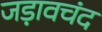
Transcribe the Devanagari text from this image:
जड़ावचंद